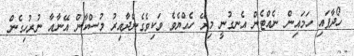
ހޯދާފައި ހަމައިން ނެއްޓެން އެނގުނީ މިރޭ ހެއްޔެވެ ވަކިވެގެންދާއިރު މުސްކާން އޭނާއާ ނުރުހިގެން